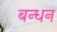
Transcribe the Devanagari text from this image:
बन्‍धन